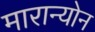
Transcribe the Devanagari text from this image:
मारान्योन